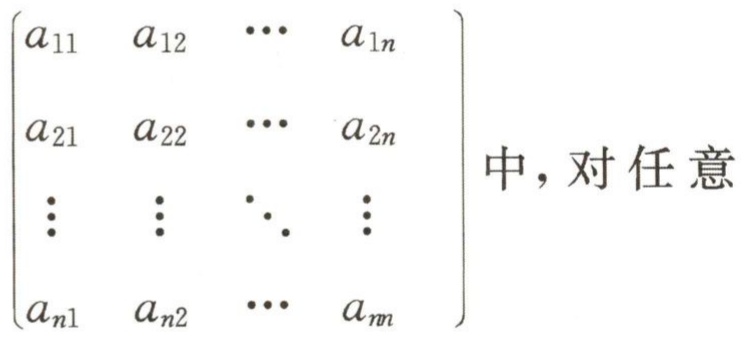
\[
\begin{pmatrix}
a_{11} & a_{12} & \cdots & a_{1n} \\
a_{21} & a_{22} & \cdots & a_{2n} \\
\vdots & \vdots & \ddots & \vdots \\
a_{n1} & a_{n2} & \cdots & a_{nn}
\end{pmatrix}
中，对任意
\]